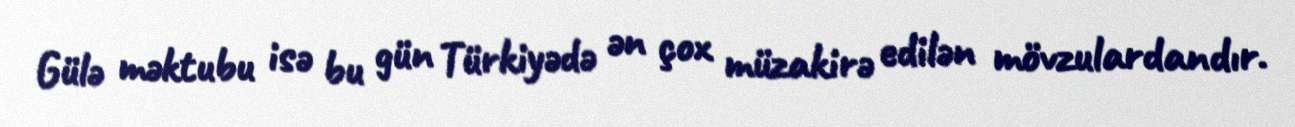
Gülə məktubu isə bu gün Türkiyədə ən çox müzakirə edilən mövzulardandır.